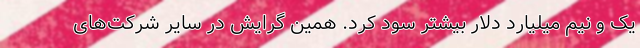
یک و نیم میلیارد دلار بیشتر سود کرد. همین گرایش در سایر شرکت‌های